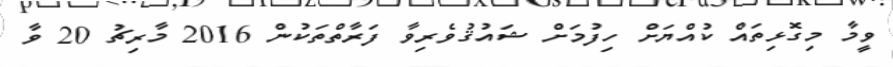
ވީމާ މިގޮޅިތައް ކުއްޔަށް ހިފުމަށް ޝައުޤުވެރިވާ ފަރާތްތަކުން 2016 މާރިޗު 20 ވާ